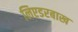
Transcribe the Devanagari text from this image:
लिएडरबाख